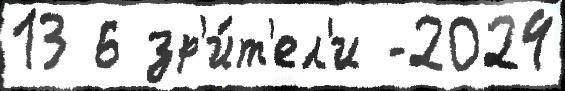
13 6 зр'и́т'ел'и -2024